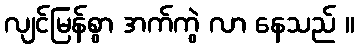
လျင်မြန်စွာ အက်ကွဲ လာ နေသည် ။